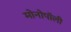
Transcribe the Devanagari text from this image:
मोनोपॉली